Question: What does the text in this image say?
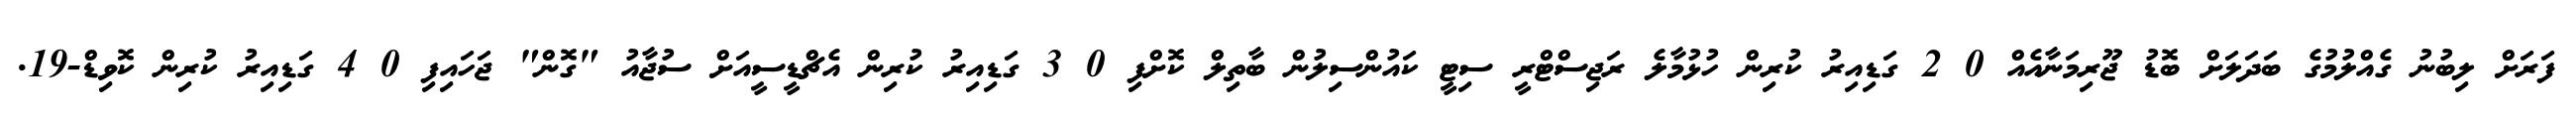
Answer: ފަރަށް ލިބުނު ގެއްލުމުގެ ބަދަލަށް ބޮޑު ޖޫރިމަނާއެއް 0 2 ގަޑިއިރު ކުރިން ހުޅުމާލެ ރަޖިސްޓްރީ ސިޓީ ކައުންސިލުން ބާތިލް ކޮށްފި 0 3 ގަޑިއިރު ކުރިން އެޗްޑީސީއަށް ސުޖާއު "ގޮން" ޖަހައިފި 0 4 ގަޑިއިރު ކުރިން ކޮވިޑް-19.